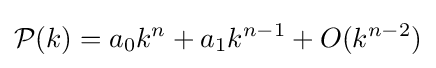
{\mathcal {P}}(k)=a_{0}k^{n}+a_{1}k^{n-1}+O(k^{n-2})